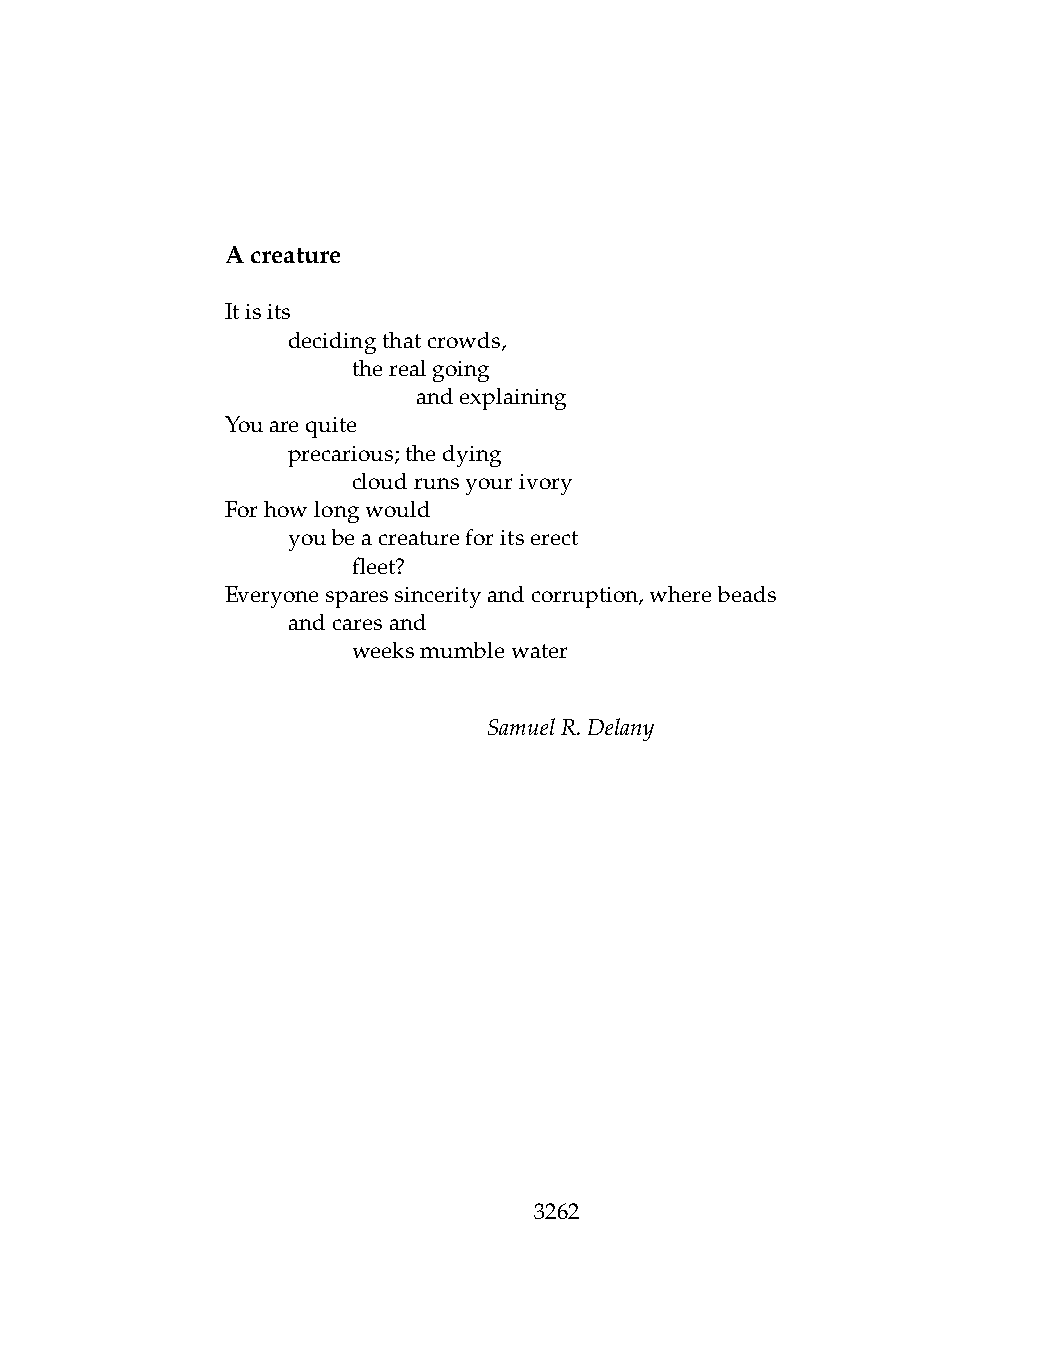
Acreature
 Itisits
 .   decidingthatcrowds,
 .   .   therealgoing
 .   .   .    andexplaining
 Youarequite
 .   precarious;thedying
 .   .   cloudrunsyourivory
 Forhowlongwould
 .   youbeacreatureforitserect
 .   .   fleet?
 Everyonesparessincerityandcorruption,wherebeads
 .   andcaresand
 .   .   weeksmumblewater
 SamuelR.Delany
 3262